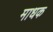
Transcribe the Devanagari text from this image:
माधक